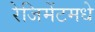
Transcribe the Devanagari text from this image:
रेजिमेंटमधे